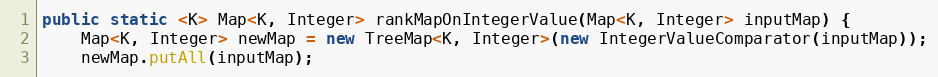
Language: Java
public static <K> Map<K, Integer> rankMapOnIntegerValue(Map<K, Integer> inputMap) {
    Map<K, Integer> newMap = new TreeMap<K, Integer>(new IntegerValueComparator(inputMap));
    newMap.putAll(inputMap);